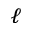
\ell